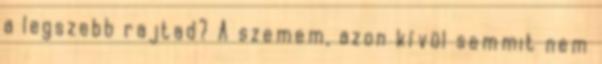
a legszebb rajtad? A szemem, azon kívül semmit nem